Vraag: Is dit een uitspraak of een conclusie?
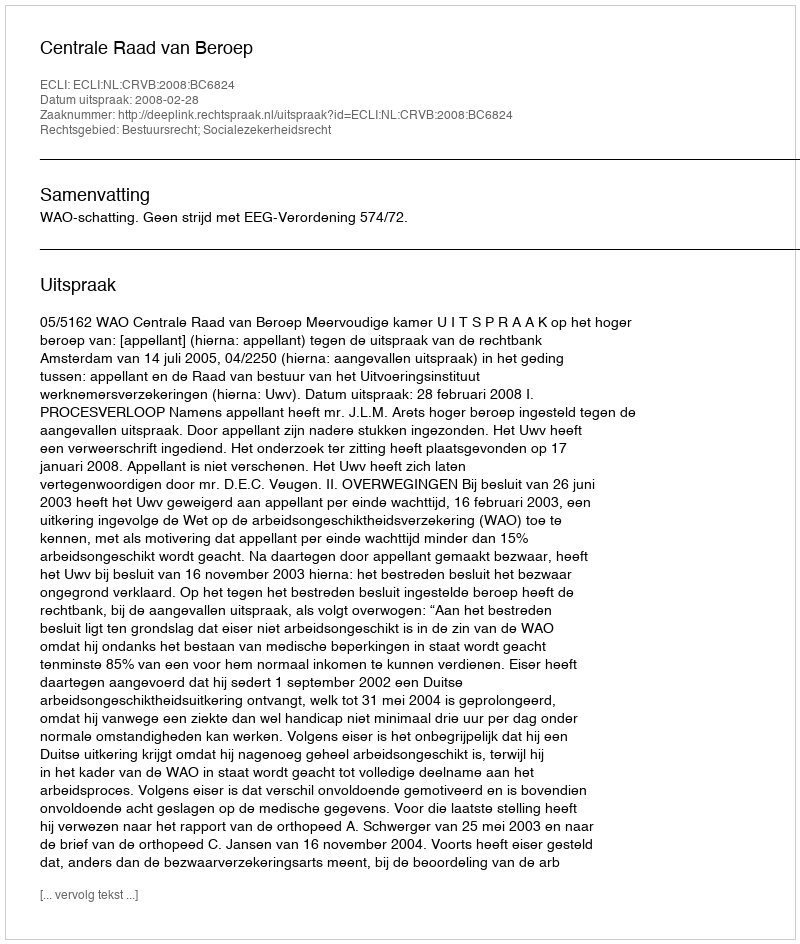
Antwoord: Uitspraak